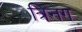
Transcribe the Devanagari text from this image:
त्रिनग